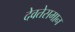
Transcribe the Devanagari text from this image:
देवतेसमान